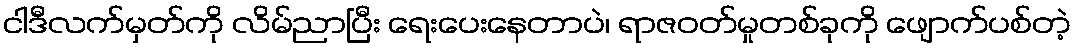
ငါဒီလက်မှတ်ကို လိမ်ညာပြီး ရေးပေးနေတာပဲ၊ ရာဇဝတ်မှုတစ်ခုကို ဖျောက်ပစ်တဲ့